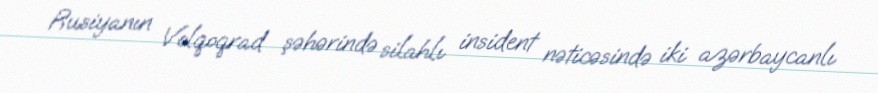
Rusiyanın Volqoqrad şəhərində silahlı insident nəticəsində iki azərbaycanlı